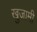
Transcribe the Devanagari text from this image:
खुजामी